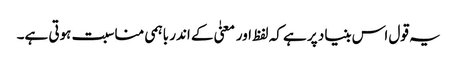
یہ قول اس بنیاد پر ہے کہ لفظ اور معنیٰ کے اندر باہمی مناسبت ہوتی ہے۔